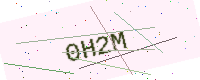
Text: 0H2M